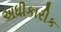
અધીકારીક